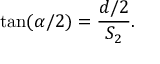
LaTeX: \tan ( \alpha / 2 ) = { \frac { d / 2 } { S _ { 2 } } } .